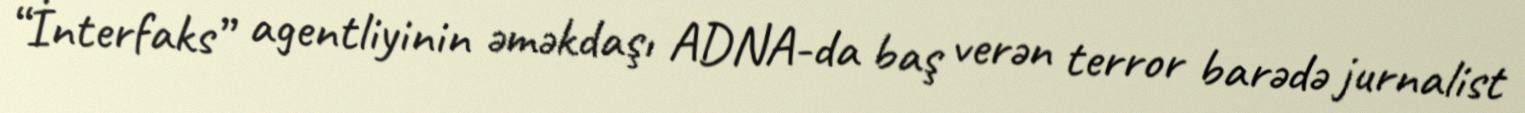
“İnterfaks” agentliyinin əməkdaşı ADNA-da baş verən terror barədə jurnalist